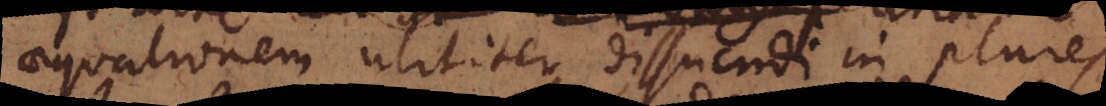
aequationem utiliter dissuendi in plures